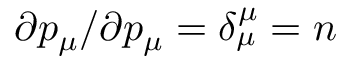
\partial p _ { \mu } / \partial p _ { \mu } = \delta _ { \mu } ^ { \mu } = n